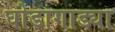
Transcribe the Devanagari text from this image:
घोडागाड्या